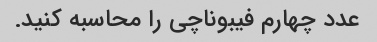
عدد چهارم فیبوناچی را محاسبه کنید.